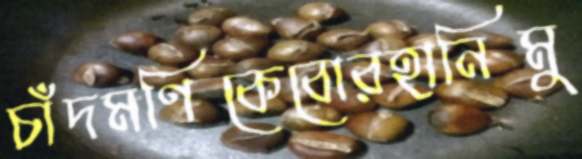
চাঁদমণিকেবোরহানিমু